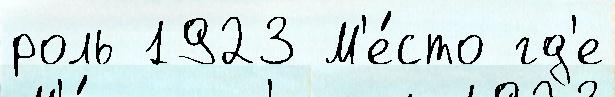
роль 1923 М'е́сто гд'е